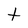
Character: t